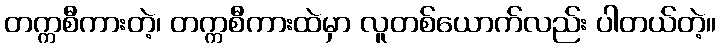
တက္ကစီကားတဲ့၊ တက္ကစီကားထဲမှာ လူတစ်ယောက်လည်း ပါတယ်တဲ့။